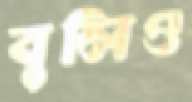
বুলিও